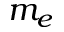
m _ { e }